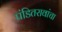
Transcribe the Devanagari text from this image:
पंडितरावांचा